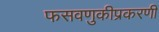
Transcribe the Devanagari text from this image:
फसवणुकीप्रकरणी